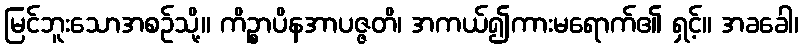
မြင်ဘူးသောအစဉ်သို့။ ကိဉ္စာပိနအာပဇ္ဇတိ၊ အကယ်၍ကားမရောက်၏ ရှင့်။ အခခေါ၊